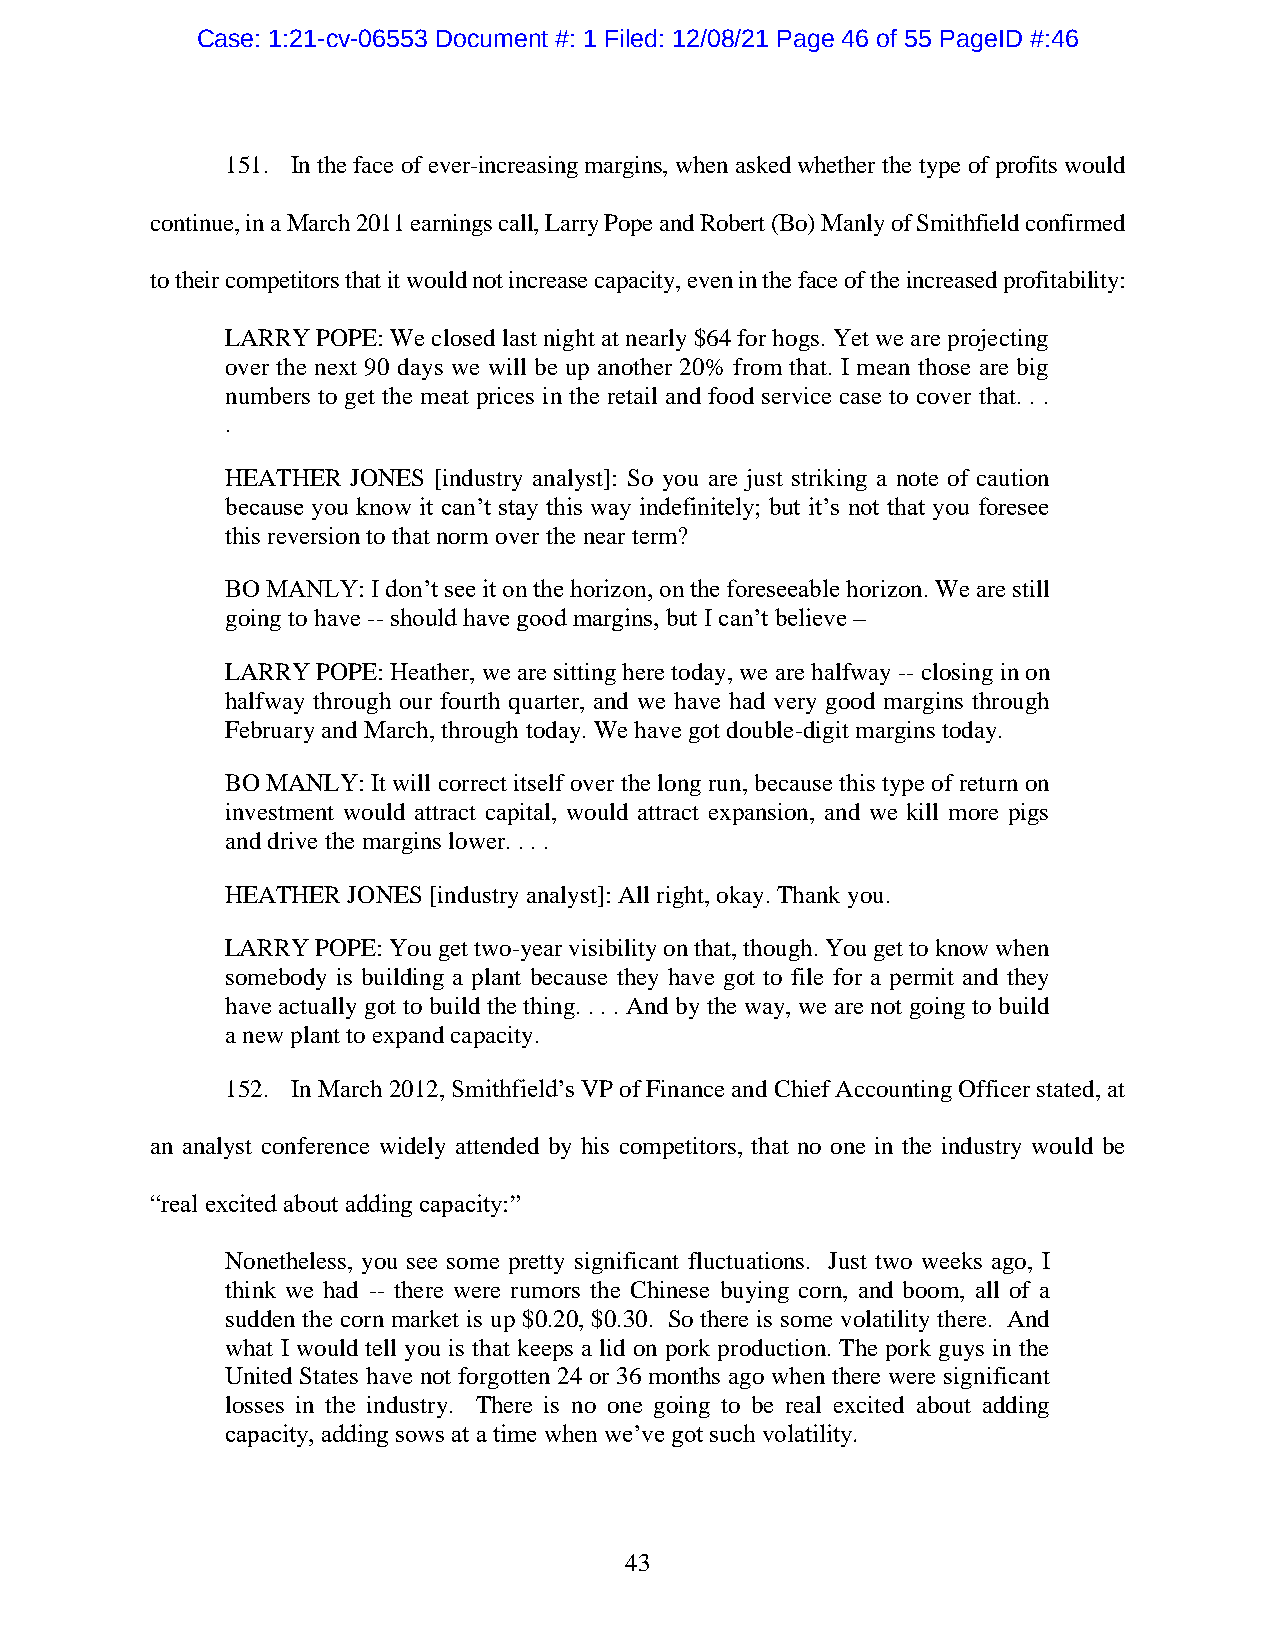
Case: 1:21-cv-06553 Document #: 1 Filed: 12/08/21 Page 46 of 55 PageID #:46
 151. In the face of ever-increasing margins, when asked whether the type of profits would
 continue, in a March 2011 earnings call, Larry Pope and Robert (Bo) Manly of Smithfield confirmed
 to their competitors that it would not increase capacity, even in the face of the increased profitability:
 LARRY POPE: We closed last night at nearly $64 for hogs. Yet we are projecting
 over the next 90 days we will be up another 20% from that. I mean those are big
 numbers to get the meat prices in the retail and food service case to cover that. . .
 .
 HEATHER JONES [industry analyst]: So you are just striking a note of caution
 because you know it can’t stay this way indefinitely; but it’s not that you foresee
 this reversion to that norm over the near term?
 BO MANLY: I don’t see it on the horizon, on the foreseeable horizon. We are still
 going to have -- should have good margins, but I can’t believe –
 LARRY POPE: Heather, we are sitting here today, we are halfway -- closing in on
 halfway through our fourth quarter, and we have had very good margins through
 February and March, through today. We have got double-digit margins today.
 BO MANLY: It will correct itself over the long run, because this type of return on
 investment would attract capital, would attract expansion, and we kill more pigs
 and drive the margins lower. . . .
 HEATHER JONES [industry analyst]: All right, okay. Thank you.
 LARRY POPE: You get two-year visibility on that, though. You get to know when
 somebody is building a plant because they have got to file for a permit and they
 have actually got to build the thing. . . . And by the way, we are not going to build
 a new plant to expand capacity.
 152. In March 2012, Smithfield’s VP of Finance and Chief Accounting Officer stated, at
 an analyst conference widely attended by his competitors, that no one in the industry would be
 “real excited about adding capacity:”
 Nonetheless, you see some pretty significant fluctuations. Just two weeks ago, I
 think we had -- there were rumors the Chinese buying corn, and boom, all of a
 sudden the corn market is up $0.20, $0.30. So there is some volatility there. And
 what I would tell you is that keeps a lid on pork production. The pork guys in the
 United States have not forgotten 24 or 36 months ago when there were significant
 losses in the industry. There is no one going to be real excited about adding
 capacity, adding sows at a time when we’ve got such volatility.
 43